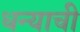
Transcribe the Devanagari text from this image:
धन्याची